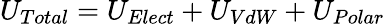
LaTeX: U_{Total}=U_{Elect}+U_{VdW}+U_{Polar}